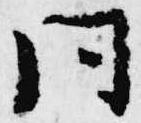
同